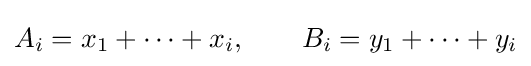
A_{i}=x_{1}+\cdots +x_{i},\qquad B_{i}=y_{1}+\cdots +y_{i}